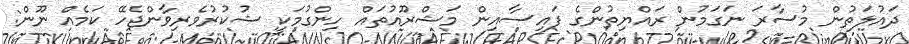
ދައުލަތުން މުސާރަ ނަގަމުން ރައްޔިތުންގެ ފައިސާއިން މަޝްރޫއުތައް ހިންގުމަކީ ޝުކުރުވެރިވާންޖެހޭ ކަމެއް ނޫން: